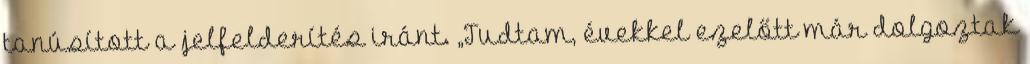
tanúsított a jelfelderítés iránt. „Tudtam, évekkel ezelőtt már dolgoztak